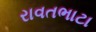
રાવતભાટા